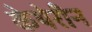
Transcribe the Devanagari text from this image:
केथेरीन